画像に写った文字を読んでください
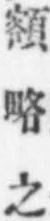
「額略之」と書いてあります